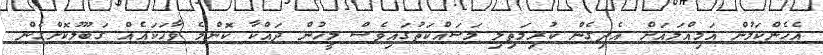
އެހެންކަމުން އަމިއްލައަށް އެދިގެން ކުރިމަތިލި މަސައްކަތުގައިވެސް މީހުން ދައްކާ ކޮންމެ ވާހަކައެއް ގަބޫލުކޮށްގެން